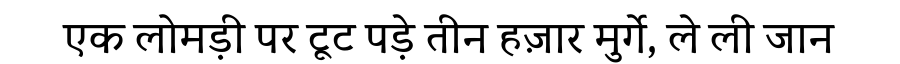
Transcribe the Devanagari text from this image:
एक लोमड़ी पर टूट पड़े तीन हज़ार मुर्गे, ले ली जान